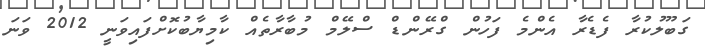
ގަބޫލުކުރާ ފެޑެރާ އެންމެ ފަހުން ގްރޭންޑް ސްލޭމް މުބާރާތެއް ކާމިޔާބުކޮށްފައިވަނީ 2012 ވަނަ